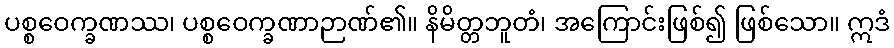
ပစ္စဝေက္ခဏဿ၊ ပစ္စဝေက္ခဏာဉာဏ်၏။ နိမိတ္တဘူတံ၊ အကြောင်းဖြစ်၍ ဖြစ်သော။ ဣဒံ